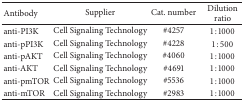
<table><thead><tr><td><b>Antibody</b></td><td><b>Supplier</b></td><td><b>Cat. number</b></td><td><b>Dilution ratio</b></td></tr></thead><tbody><tr><td>anti-PI3K</td><td>Cell Signaling Technology</td><td>#4257</td><td>1 : 1000</td></tr><tr><td>anti-pPI3K</td><td>Cell Signaling Technology</td><td>#4228</td><td>1 : 500</td></tr><tr><td>anti-pAKT</td><td>Cell Signaling Technology</td><td>#4060</td><td>1 : 1000</td></tr><tr><td>anti-AKT</td><td>Cell Signaling Technology</td><td>#4691</td><td>1 : 1000</td></tr><tr><td>anti-pmTOR</td><td>Cell Signaling Technology</td><td>#5536</td><td>1 : 1000</td></tr><tr><td>anti-mTOR</td><td>Cell Signaling Technology</td><td>#2983</td><td>1 : 1000</td></tr></tbody></table>